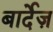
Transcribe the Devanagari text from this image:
बार्देज़